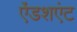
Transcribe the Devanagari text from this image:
ऐंडशएंट